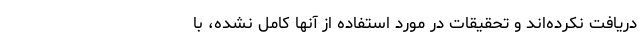
دریافت نکرده‌اند و تحقیقات در مورد استفاده از آنها کامل نشده، با